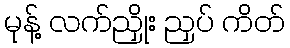
မုန့် လက်ညှိုး ညှပ် ကိတ်